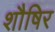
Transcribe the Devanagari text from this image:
शौषिर